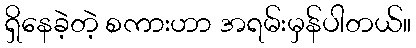
ရှိနေခဲ့တဲ့ စကားဟာ အရမ်းမှန်ပါတယ်။